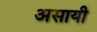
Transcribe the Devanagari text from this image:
असायी